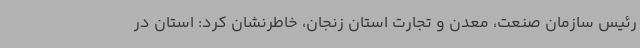
رئیس سازمان صنعت، معدن و تجارت استان زنجان، خاطرنشان کرد: استان در